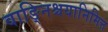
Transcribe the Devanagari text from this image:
वाङ्निश्चयानिमित्त